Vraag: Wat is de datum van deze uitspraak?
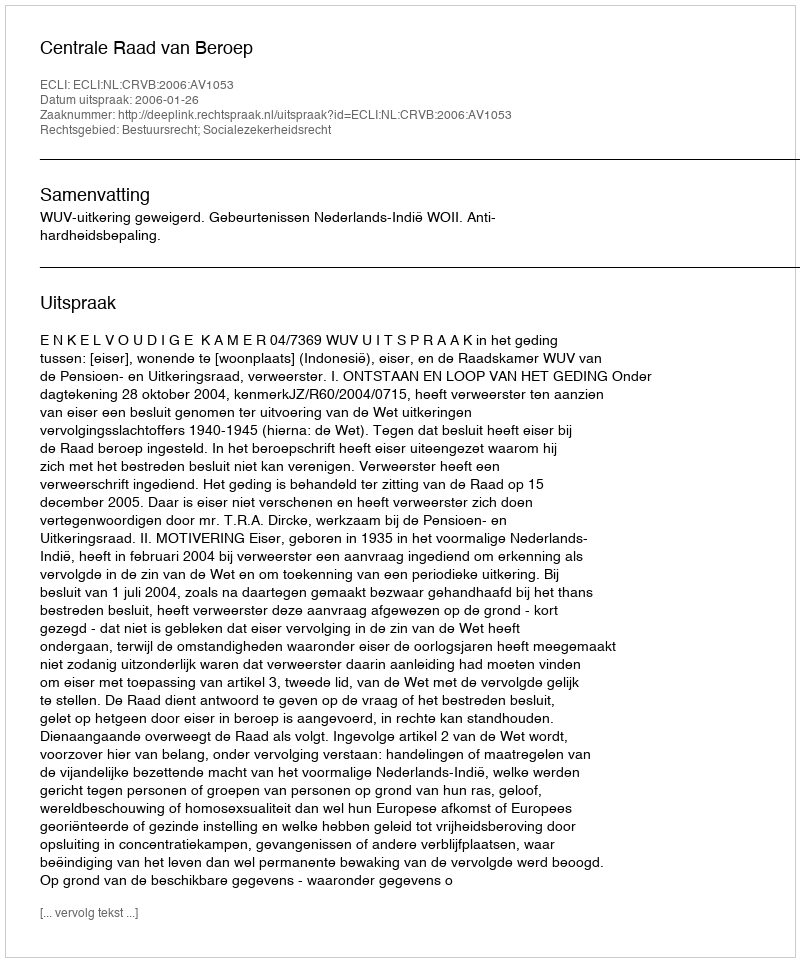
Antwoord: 2006-01-26